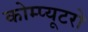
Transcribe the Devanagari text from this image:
कोम्प्यूटरो